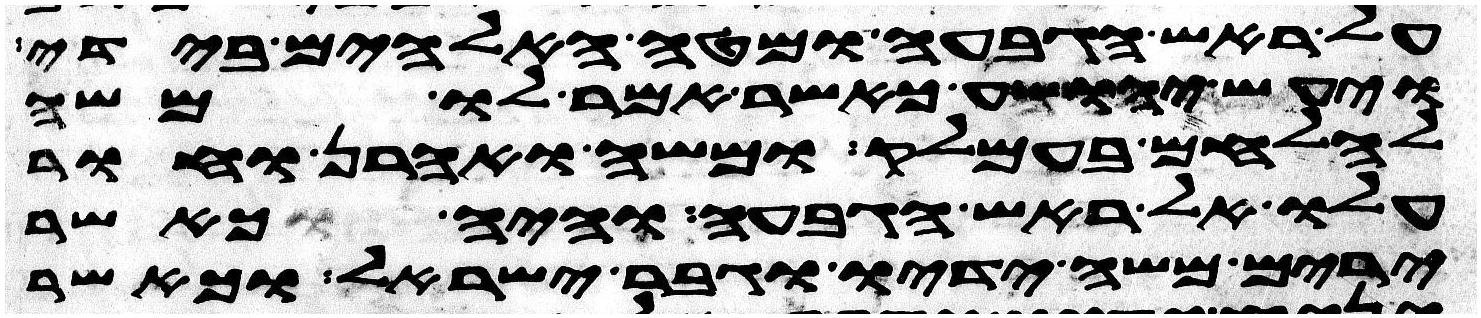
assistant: על ראש הגבעה ומטה האלהים בידי
ויעש יהושע כאשר אמר לו משה
להלחם בעמלק ומשה ואהרן וחור
עלו אל ראש הגבעה והיה כאשר
ירים משה ידיו וגבר ישראל וכאשר